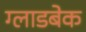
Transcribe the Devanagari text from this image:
ग्लाडबेक